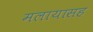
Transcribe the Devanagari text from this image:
मलायासह